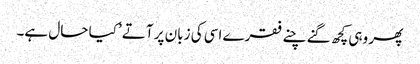
پھر وہی کچھ گنے چنے فقرے اسی کی زبان پر آتے ’کیا حال ہے۔